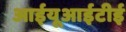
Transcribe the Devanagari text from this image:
आईयूआईटीई